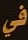
في